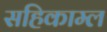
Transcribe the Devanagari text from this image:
सहिकाम्ल